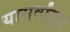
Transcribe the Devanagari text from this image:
यासर्वांतून